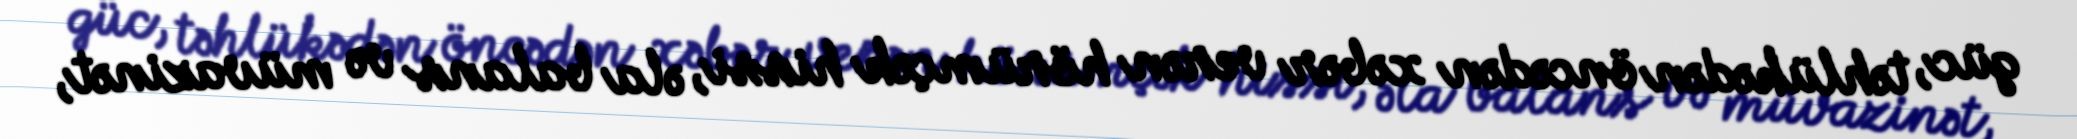
güc, təhlükədən öncədən xəbər verən hörümçək hissi, əla balans və müvazinət,